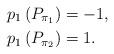
LaTeX: \begin{align*}p_{1}\left(P_{\pi_{1}}\right)&=-1,\\p_{1}\left(P_{\pi_{2}}\right)&=1.\end{align*}